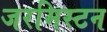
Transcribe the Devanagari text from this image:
जरमिस्टन